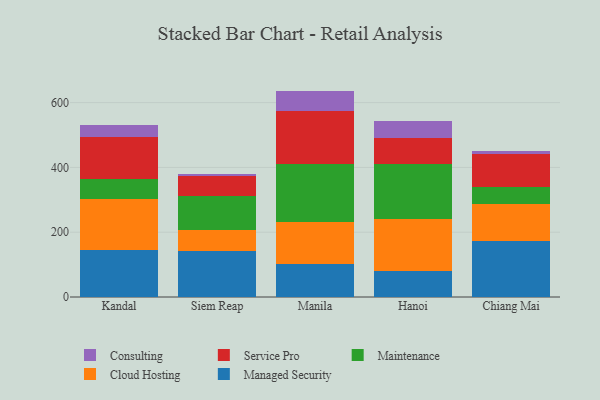
{"axis": {"x": "City", "y": "Latency (ms)"}, "legend": ["Cloud Hosting", "Consulting", "Maintenance", "Managed Security", "Service Pro"], "data": [{"x": "Kandal", "y": 144.1, "type": "Managed Security"}, {"x": "Kandal", "y": 157.7, "type": "Cloud Hosting"}, {"x": "Kandal", "y": 61.8, "type": "Maintenance"}, {"x": "Kandal", "y": 130.1, "type": "Service Pro"}, {"x": "Kandal", "y": 36.8, "type": "Consulting"}, {"x": "Siem Reap", "y": 141.9, "type": "Managed Security"}, {"x": "Siem Reap", "y": 64.9, "type": "Cloud Hosting"}, {"x": "Siem Reap", "y": 105.4, "type": "Maintenance"}, {"x": "Siem Reap", "y": 62.3, "type": "Service Pro"}, {"x": "Siem Reap", "y": 5.1, "type": "Consulting"}, {"x": "Manila", "y": 102.6, "type": "Managed Security"}, {"x": "Manila", "y": 130.1, "type": "Cloud Hosting"}, {"x": "Manila", "y": 176.4, "type": "Maintenance"}, {"x": "Manila", "y": 164.9, "type": "Service Pro"}, {"x": "Manila", "y": 62.3, "type": "Consulting"}, {"x": "Hanoi", "y": 80.1, "type": "Managed Security"}, {"x": "Hanoi", "y": 159.4, "type": "Cloud Hosting"}, {"x": "Hanoi", "y": 169.9, "type": "Maintenance"}, {"x": "Hanoi", "y": 80.5, "type": "Service Pro"}, {"x": "Hanoi", "y": 52.5, "type": "Consulting"}, {"x": "Chiang Mai", "y": 173.1, "type": "Managed Security"}, {"x": "Chiang Mai", "y": 113.7, "type": "Cloud Hosting"}, {"x": "Chiang Mai", "y": 52.7, "type": "Maintenance"}, {"x": "Chiang Mai", "y": 102.4, "type": "Service Pro"}, {"x": "Chiang Mai", "y": 8.1, "type": "Consulting"}]}